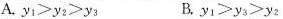
A. $$y _ { 1 } > y _ { 2 } > y _ { 3 }$$ B. $$y _ { 1 } > y _ { 3 } > y _ { 2 }$$